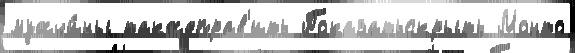
мужчи́ны такжеправ'ить Показатьскрыть Монто